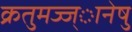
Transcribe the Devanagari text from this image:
क्रतुमज्ज्ानेषु